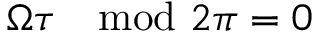
\Omega \tau \mod 2 \pi = 0